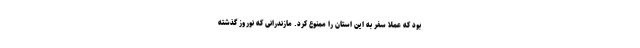
بود که عملاً سفر به این استان را ممنوع کرد. مازندرانی که نوروز گذشته